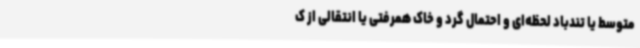
متوسط یا تندباد لحظه‌ای و احتمال گرد و خاک همرفتی یا انتقالی از ک